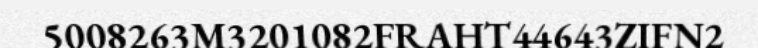
5008263M3201082FRAHT44643ZIFN2